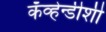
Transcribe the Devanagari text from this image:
कॅव्हेन्डीशी